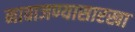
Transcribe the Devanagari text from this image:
नावाजण्यासारखा